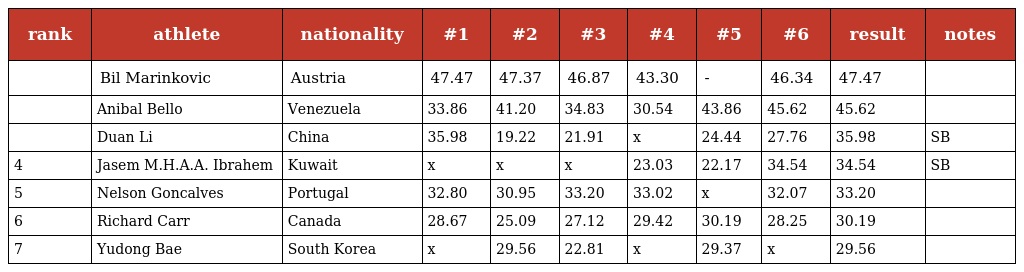
| rank | athlete | nationality | #1 | #2 | #3 | #4 | #5 | #6 | result | notes |
 | --- | --- | --- | --- | --- | --- | --- | --- | --- | --- | --- |
 |  | Bil Marinkovic | Austria | 47.47 | 47.37 | 46.87 | 43.30 | - | 46.34 | 47.47 |  |
 |  | Anibal Bello | Venezuela | 33.86 | 41.20 | 34.83 | 30.54 | 43.86 | 45.62 | 45.62 |  |
 |  | Duan Li | China | 35.98 | 19.22 | 21.91 | x | 24.44 | 27.76 | 35.98 | SB |
 | 4 | Jasem M.H.A.A. Ibrahem | Kuwait | x | x | x | 23.03 | 22.17 | 34.54 | 34.54 | SB |
 | 5 | Nelson Goncalves | Portugal | 32.80 | 30.95 | 33.20 | 33.02 | x | 32.07 | 33.20 |  |
 | 6 | Richard Carr | Canada | 28.67 | 25.09 | 27.12 | 29.42 | 30.19 | 28.25 | 30.19 |  |
 | 7 | Yudong Bae | South Korea | x | 29.56 | 22.81 | x | 29.37 | x | 29.56 |  |